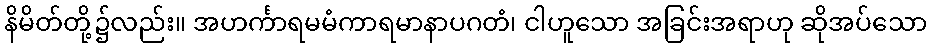
နိမိတ်တို့၌လည်း။ အဟင်္ကာရမမံကာရမာနာပဂတံ၊ ငါဟူသော အခြင်းအရာဟု ဆိုအပ်သော